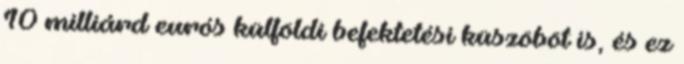
10 milliárd eurós külföldi befektetési küszöböt is, és ez